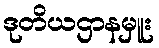
ဒုတိယဌာနမှူး